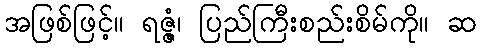
အဖြစ်ဖြင့်။ ရဇ္ဇံ၊ ပြည်ကြီးစည်းစိမ်ကို။ ဆ